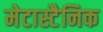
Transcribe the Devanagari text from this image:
मेटास्टैनिक